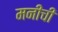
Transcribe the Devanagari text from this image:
मनींची